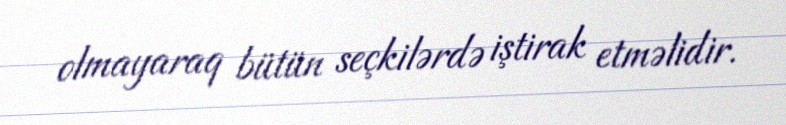
olmayaraq bütün seçkilərdə iştirak etməlidir.